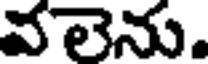
వలెను.